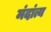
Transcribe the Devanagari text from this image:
मंदांत्य